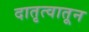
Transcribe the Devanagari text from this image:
दातृत्वातून